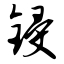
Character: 锓